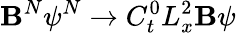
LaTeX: \mathbf{B}^{N}\psi^{N}\xrightarrow{{}}{{C_{t}^{0}L_{x}^{2}}}\mathbf{B}\psi